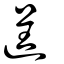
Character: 逞